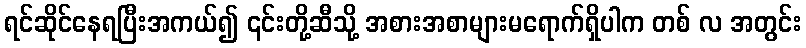
ရင်ဆိုင်နေရပြီးအကယ်၍ ၎င်းတို့ဆီသို့ အစားအစာများမရောက်ရှိပါက တစ် လ အတွင်း